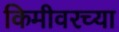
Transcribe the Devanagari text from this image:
किमीवरच्या